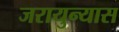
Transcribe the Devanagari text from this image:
जरायुन्यास